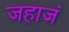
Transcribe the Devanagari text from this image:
जहाजं